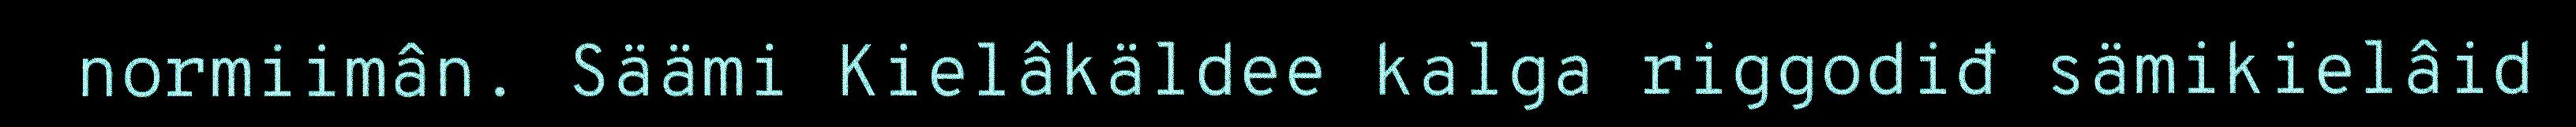
normiimân. Säämi Kielâkäldee kalga riggodiđ sämikielâid